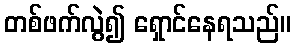
တစ်ဖက်လွဲ၍ ရှောင်နေရသည်။